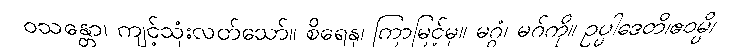
ဝသန္တော၊ ကျင့်သုံးလတ်သော်။ စိရေနု၊ ကြာမြင့်မှ။ မဂ္ဂံ၊ မဂ်ကို။ ဥပ္ပါဒေတိ၊ဧဝမ္ပိ၊